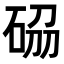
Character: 𥒢